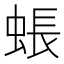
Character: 䗅